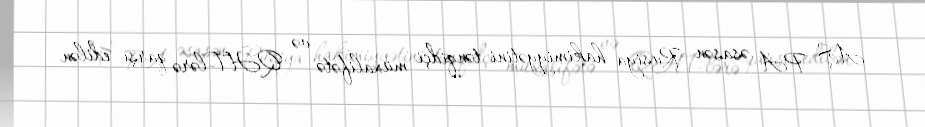
AŞ PA əsasən Rusiya hakimiyyətini tənqidçi müxalifətə və QHT-lərə qarşı edilən